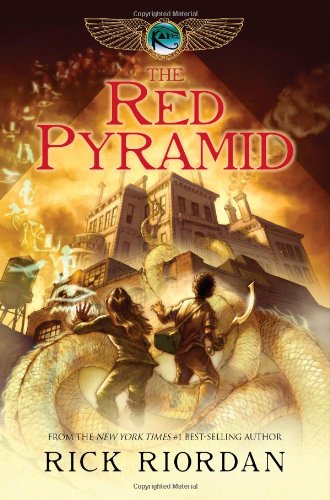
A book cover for The Red Pyramid (The Kane Chronicles, Book 1); Rick Riordan; Children's Books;